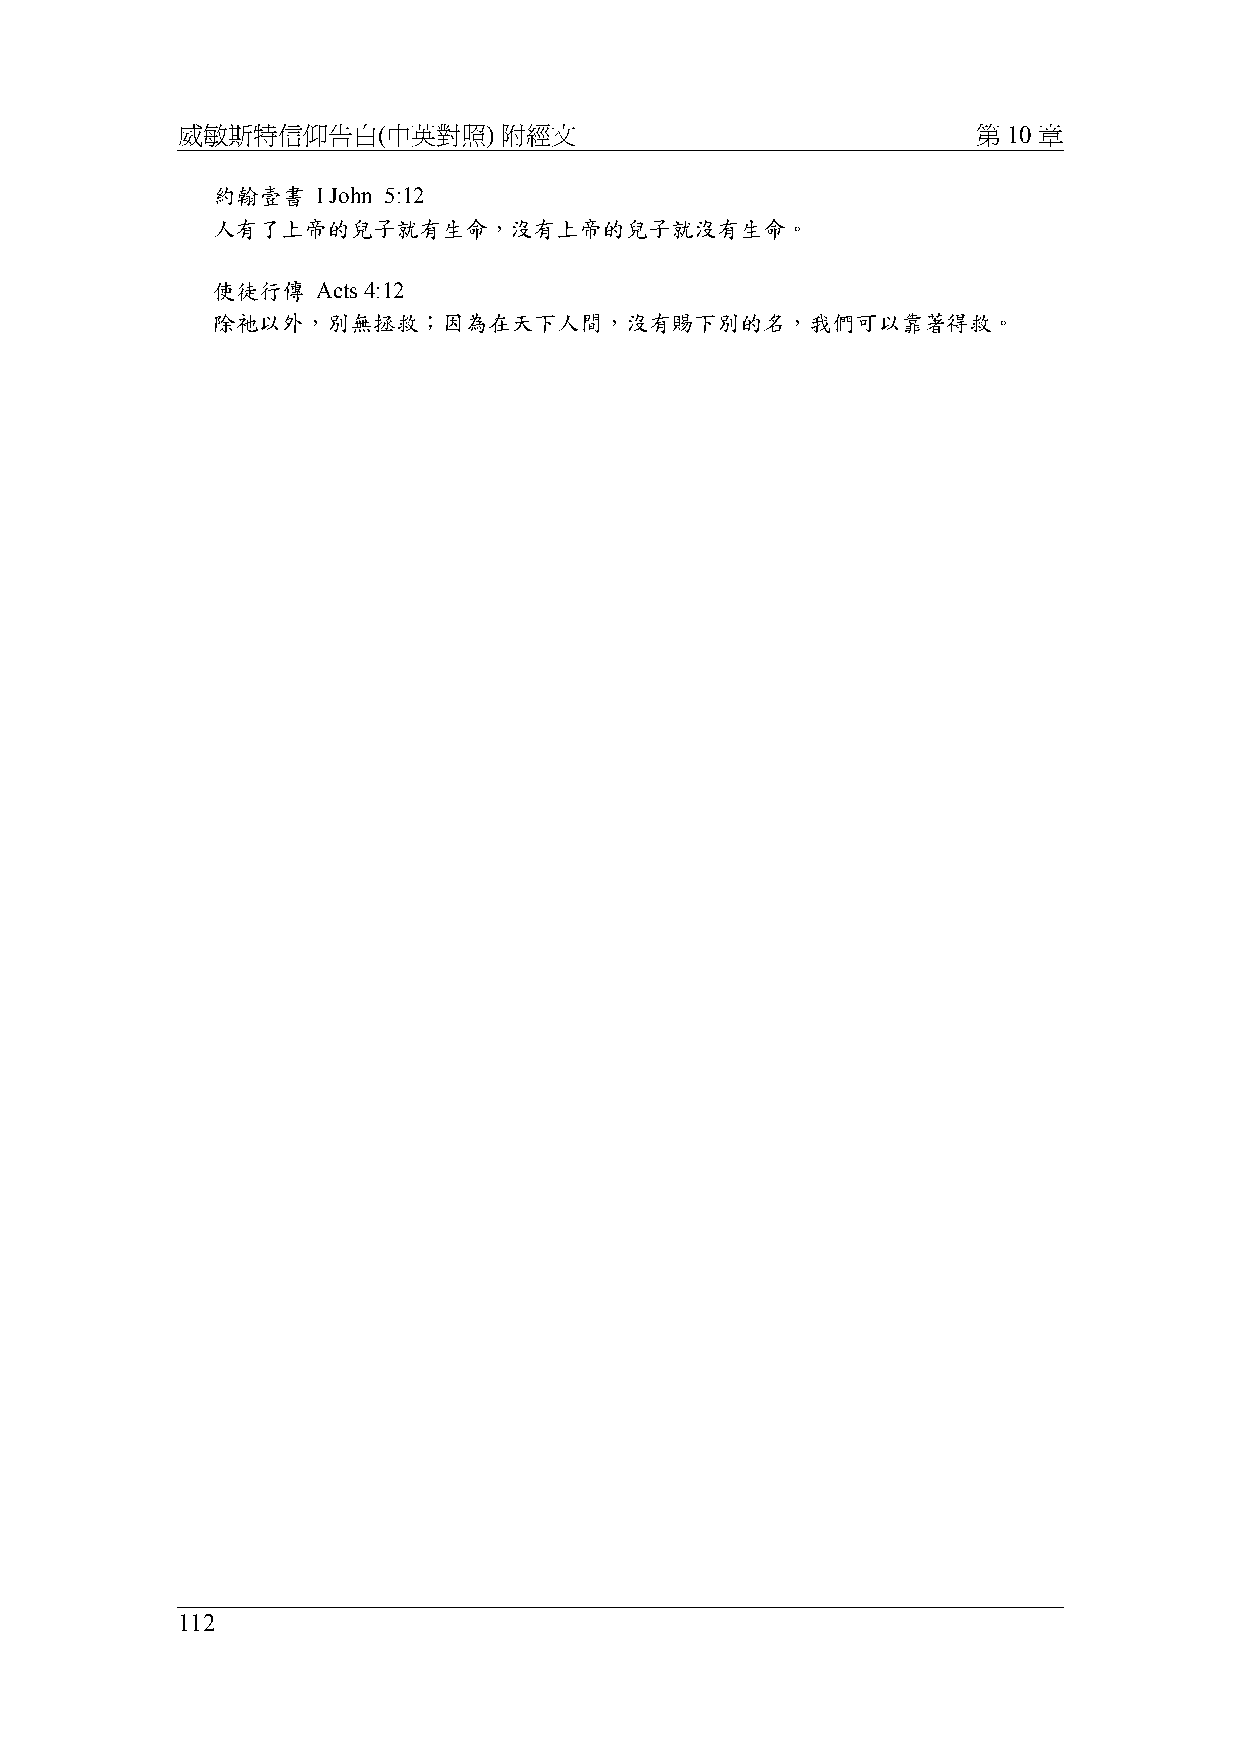
威敏斯特信仰告白(中英對照)       附經文                             第 10 章
 約翰壹書   I John 5:12
 人有了上帝的兒子就有生命，沒有上帝的兒子就沒有生命。
 使徒行傳   Acts 4:12
 除祂以外，別無拯救；因為在天下人間，沒有賜下別的名，我們可以靠著得救。
 112